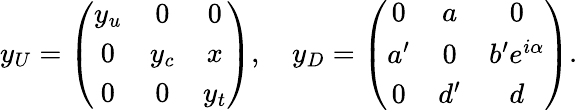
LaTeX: y_{U}=\left(\begin{array}{ccc}{{y_{u}}}&{{0}}&{{0}}\\ {{0}}&{{y_{c}}}&{{x}}\\ {{0}}&{{0}}&{{y_{t}}}\end{array}\right),\quad y_{D}=\left(\begin{array}{ccc}{{0}}&{{a}}&{{0}}\\ {{a^{\prime}}}&{{0}}&{{b^{\prime}e^{i\alpha}}}\\ {{0}}&{{d^{\prime}}}&{{d}}\end{array}\right).